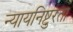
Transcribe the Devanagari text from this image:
न्यायनिष्टुरता